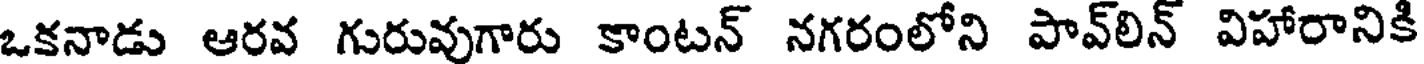
ఒకనాడు ఆరవ గురువుగారు కాంటన్ నగరంలోని పావ్లిన్ విహారానికి